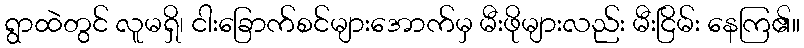
ရွာထဲတွင် လူမရှိ၊ ငါးခြောက်စင်များအောက်မှ မီးဖိုများလည်း မီးငြိမ်း နေကြ၏။